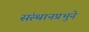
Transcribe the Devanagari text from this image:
संस्थानप्रभुने